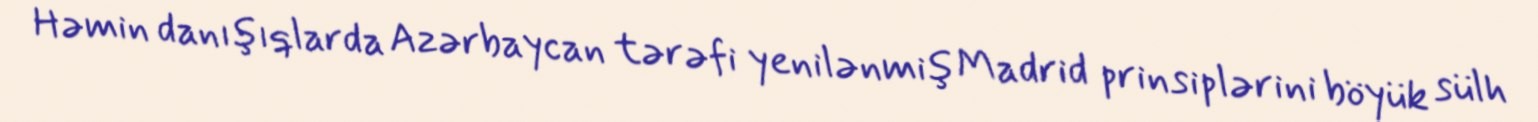
Həmin danışıqlarda Azərbaycan tərəfi yenilənmiş Madrid prinsiplərini böyük sülh